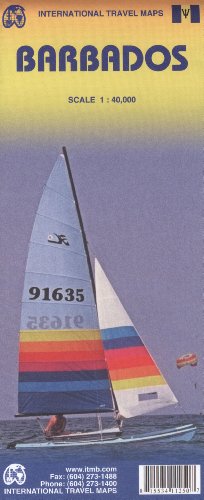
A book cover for Barbados 1:40,000 Travel Map (International Travel Maps); ITM Canada; Travel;